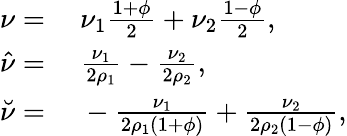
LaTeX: \begin{array}{rl}{\nu=}&{~\nu_{1}\frac{1+\phi}{2}+\nu_{2}\frac{1-\phi}{2},}\\ {\hat{\nu}=}&{~\frac{\nu_{1}}{2\rho_{1}}-\frac{\nu_{2}}{2\rho_{2}},}\\ {\breve{\nu}=}&{~-\frac{\nu_{1}}{2\rho_{1}(1+\phi)}+\frac{\nu_{2}}{2\rho_{2}(1-\phi)},}\end{array}